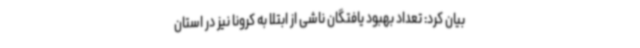
بیان کرد: تعداد بهبود یافتگان ناشی از ابتلا به کرونا نیز در استان